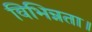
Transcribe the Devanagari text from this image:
विभिन्नता।